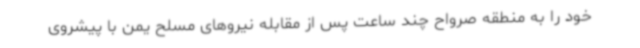
خود را به منطقه صرواح چند ساعت پس از مقابله نیروهای مسلح یمن با پیشروی